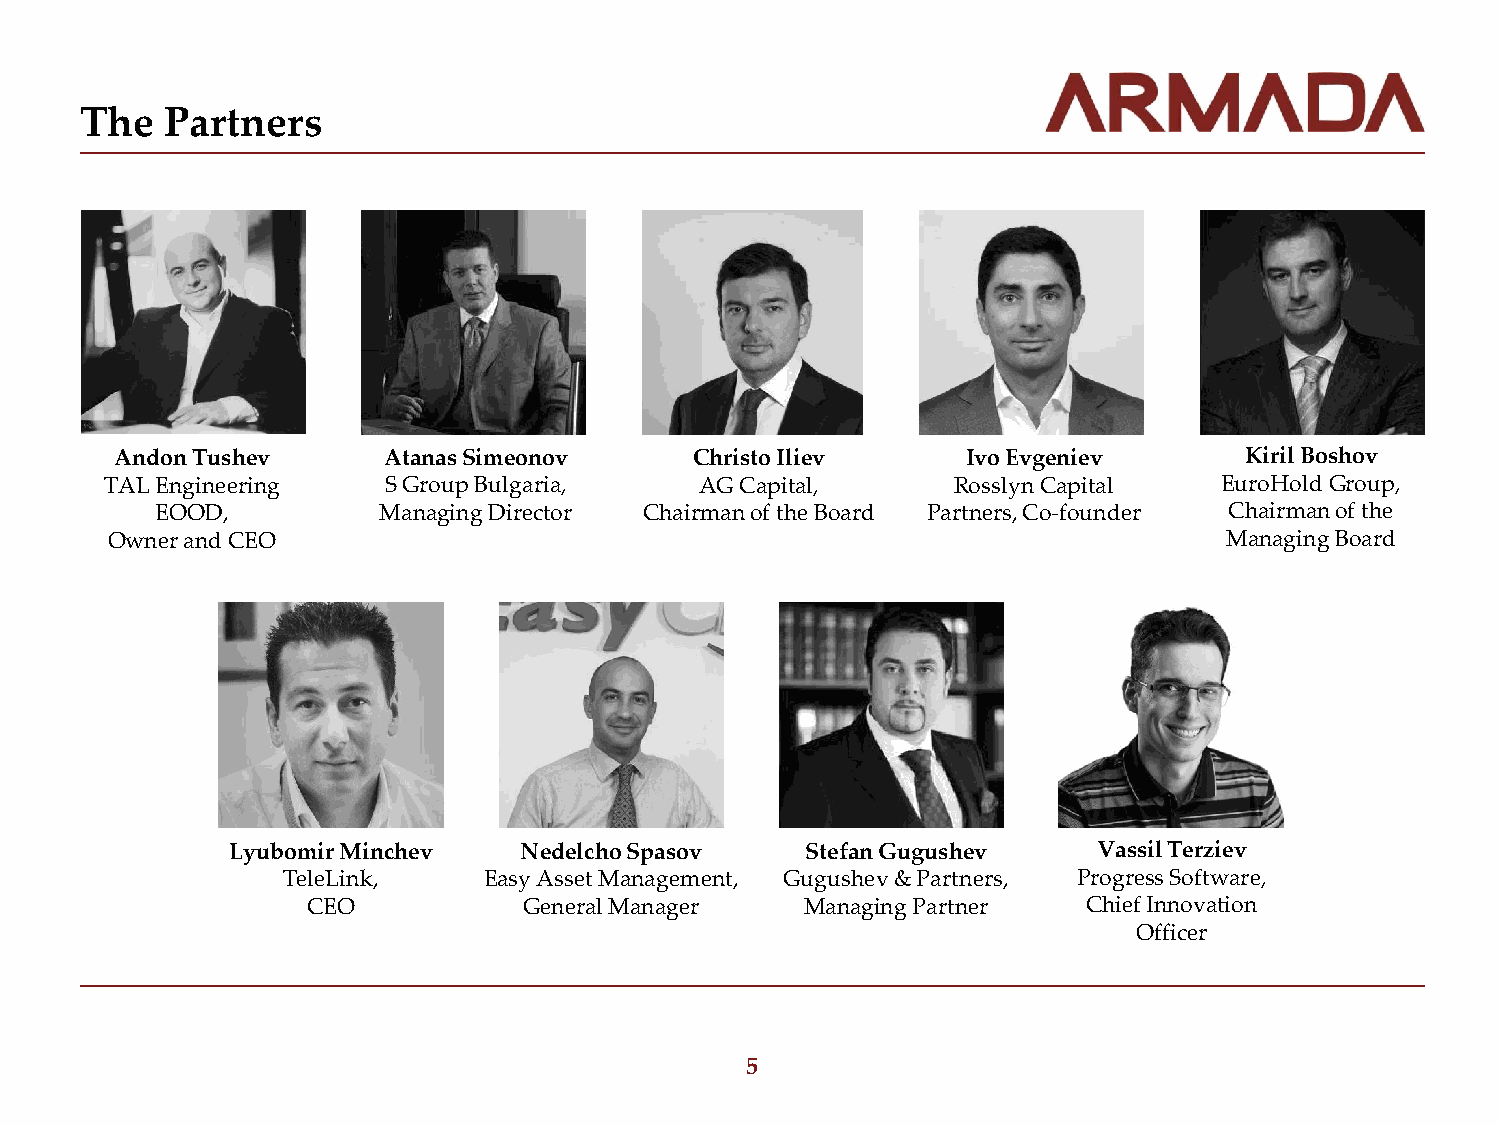
The   Partners
 Andon Tushev     Atanas Simeonov      Christo Iliev     Ivo Evgeniev      Kiril Boshov
 TAL Engineering    S Group Bulgaria,   AG Capital,      Rosslyn Capital   EuroHold Group,
 EOOD,          Managing Director Chairman of the Board Partners, Co-founder Chairman of the
 Owner and CEO                                                             Managing Board
 Lyubomir Minchev   Nedelcho Spasov    Stefan Gugushev     Vassil Terziev
 TeleLink,    Easy Asset Management, Gugushev & Partners, Progress Software,
 CEO            General Manager   Managing Partner   Chief Innovation
 Officer
 5